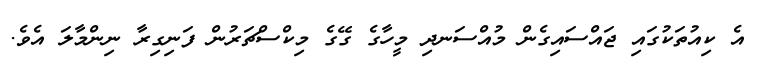
އެ ކިއުތަކުގައި ޖައްސައިގެން މުއްސަނދި މީހާގެ ގޭގެ މިކްސްޗަރުން ފަނިގިރާ ނިންމާލަ އެވެ.